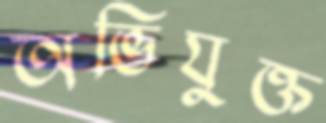
অভিযুক্ত